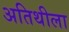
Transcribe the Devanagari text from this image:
अतिथीला